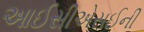
આઈસીએસઈની